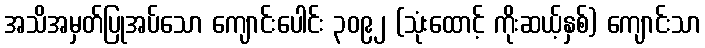
အသိအမှတ်ပြုအပ်သော ကျောင်းပေါင်း ၃၀၉၂ (သုံးထောင့် ကိုးဆယ့်နှစ်) ကျောင်းသာ